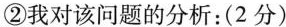
②我对该问题的分析：(2分)